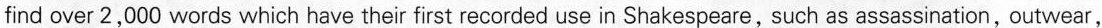
find over 2,000 words which have their first recorded use in Shakespeare,such as assassination,outwear,